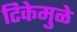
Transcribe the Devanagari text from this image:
टिकेमुळे